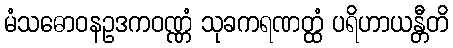
မံသဓောဝနဥဒကဝဏ္ဏံ သုခကရဏတ္ထံ ပရိဟာယန္တီတိ